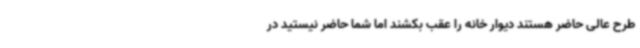
طرح عالی حاضر هستند دیوار خانه را عقب بکشند اما شما حاضر نیستید در